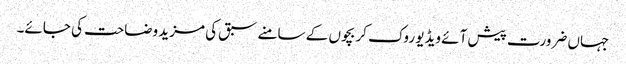
جہاں ضرورت پیش آئے ویڈیو روک کر بچوں کے سامنے سبق کی مزید وضاحت کی جائے۔